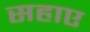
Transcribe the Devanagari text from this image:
सहाए